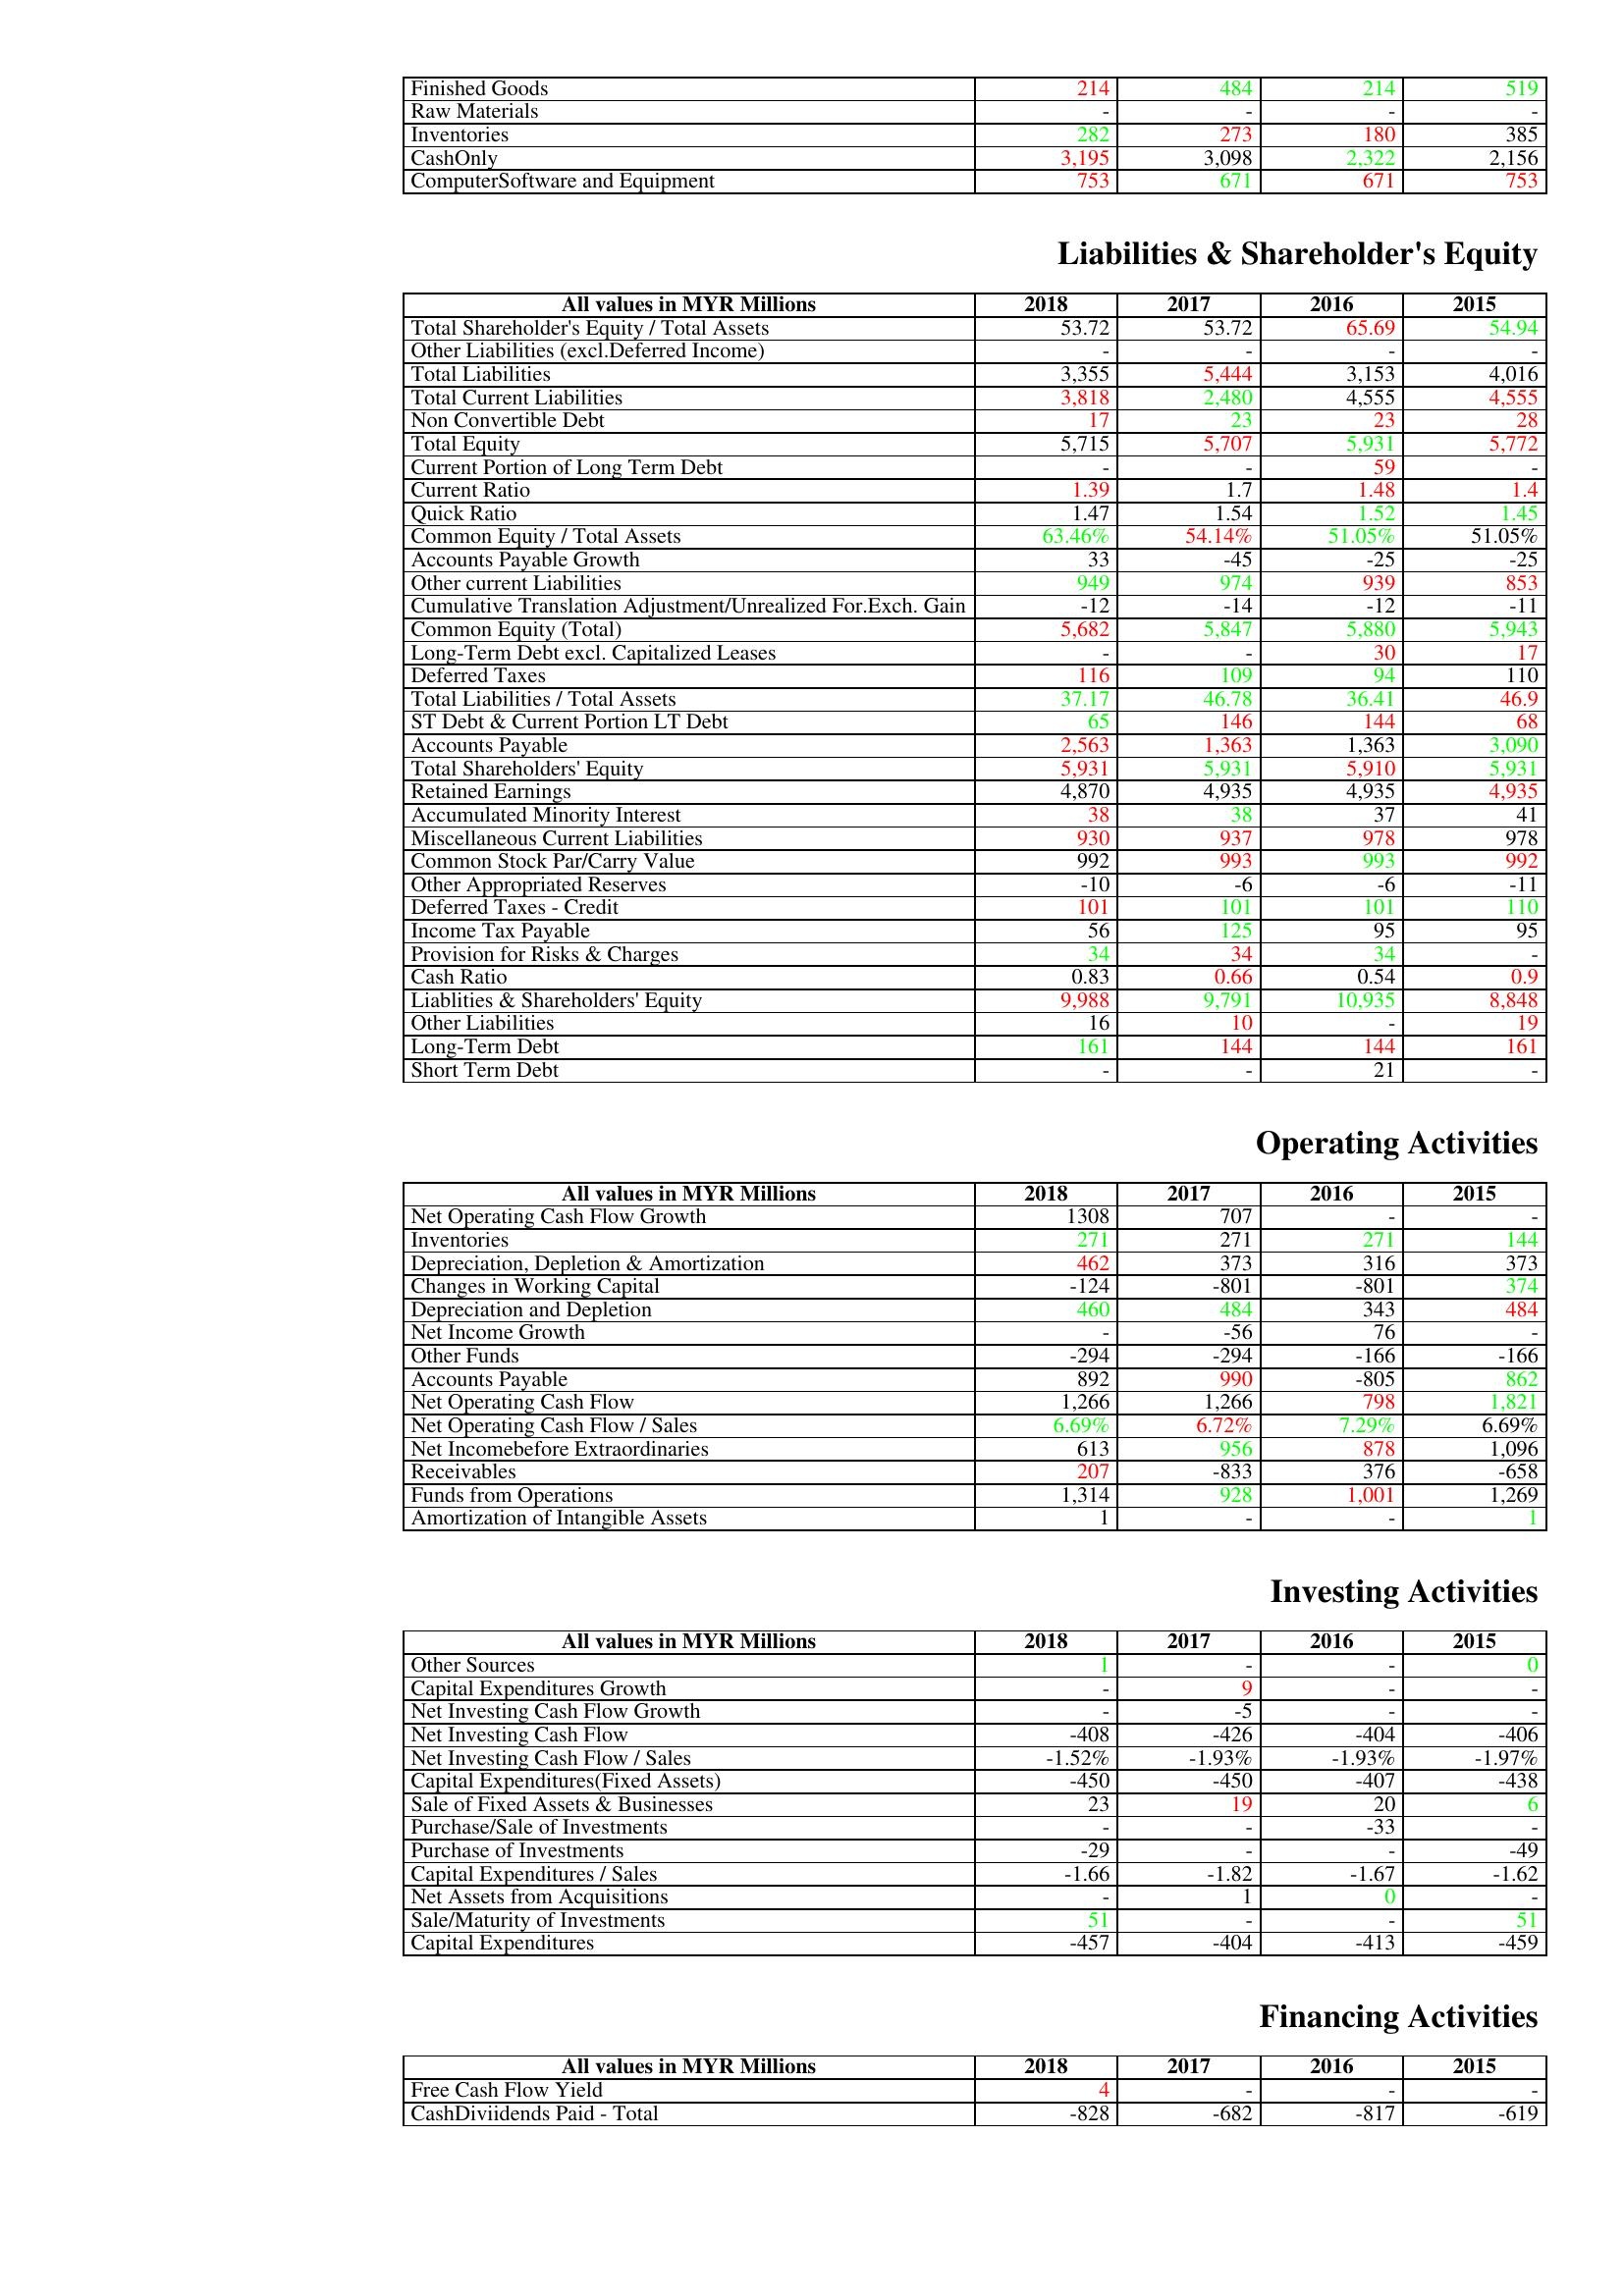
gt_parse: 2018: Assets: Finished Goods: 214
Raw Materials: -
Inventories: 282
CashOnly: 3,195
ComputerSoftware and Equipment: 753
Liabilities & Shareholder's Equity: Total Shareholder's Equity / Total Assets: 53.72
Other Liabilities (excl.Deferred Income): -
Total Liabilities: 3,355
Total Current Liabilities: 3,818
Non Convertible Debt: 17
Total Equity: 5,715
Current Portion of Long Term Debt: -
Current Ratio: 1.39
Quick Ratio: 1.47
Common Equity / Total Assets: 63.46%
Accounts Payable Growth: 33
Other current Liabilities: 949
Cumulative Translation Adjustment/Unrealized For.Exch. Gain: -12
Common Equity (Total): 5,682
Long-Term Debt excl. Capitalized Leases: -
Deferred Taxes: 116
Total Liabilities / Total Assets: 37.17
ST Debt & Current Portion LT Debt: 65
Accounts Payable: 2,563
Total Shareholders' Equity: 5,931
Retained Earnings: 4,870
Accumulated Minority Interest: 38
Miscellaneous Current Liabilities: 930
Common Stock Par/Carry Value: 992
Other Appropriated Reserves: -10
Deferred Taxes - Credit: 101
Income Tax Payable: 56
Provision for Risks & Charges: 34
Cash Ratio: 0.83
Liablities & Shareholders' Equity: 9,988
Other Liabilities: 16
Long-Term Debt: 161
Short Term Debt: -
Operating Activities: Net Operating Cash Flow Growth: 1308
Inventories: 271
Depreciation, Depletion & Amortization: 462
Changes in Working Capital: -124
Depreciation and Depletion: 460
Net Income Growth: -
Other Funds: -294
Accounts Payable: 892
Net Operating Cash Flow: 1,266
Net Operating Cash Flow / Sales: 6.69%
Net Incomebefore Extraordinaries: 613
Receivables: 207
Funds from Operations: 1,314
Amortization of Intangible Assets: 1
Investing Activities: Other Sources: 1
Capital Expenditures Growth: -
Net Investing Cash Flow Growth: -
Net Investing Cash Flow: -408
Net Investing Cash Flow / Sales: -1.52%
Capital Expenditures(Fixed Assets): -450
Sale of Fixed Assets & Businesses: 23
Purchase/Sale of Investments: -
Purchase of Investments: -29
Capital Expenditures / Sales: -1.66
Net Assets from Acquisitions: -
Sale/Maturity of Investments: 51
Capital Expenditures: -457
Financing Activities: Free Cash Flow Yield: 4
CashDiviidends Paid - Total: -828
2017: Assets: Finished Goods: 484
Raw Materials: -
Inventories: 273
CashOnly: 3,098
ComputerSoftware and Equipment: 671
Liabilities & Shareholder's Equity: Total Shareholder's Equity / Total Assets: 53.72
Other Liabilities (excl.Deferred Income): -
Total Liabilities: 5,444
Total Current Liabilities: 2,480
Non Convertible Debt: 23
Total Equity: 5,707
Current Portion of Long Term Debt: -
Current Ratio: 1.7
Quick Ratio: 1.54
Common Equity / Total Assets: 54.14%
Accounts Payable Growth: -45
Other current Liabilities: 974
Cumulative Translation Adjustment/Unrealized For.Exch. Gain: -14
Common Equity (Total): 5,847
Long-Term Debt excl. Capitalized Leases: -
Deferred Taxes: 109
Total Liabilities / Total Assets: 46.78
ST Debt & Current Portion LT Debt: 146
Accounts Payable: 1,363
Total Shareholders' Equity: 5,931
Retained Earnings: 4,935
Accumulated Minority Interest: 38
Miscellaneous Current Liabilities: 937
Common Stock Par/Carry Value: 993
Other Appropriated Reserves: -6
Deferred Taxes - Credit: 101
Income Tax Payable: 125
Provision for Risks & Charges: 34
Cash Ratio: 0.66
Liablities & Shareholders' Equity: 9,791
Other Liabilities: 10
Long-Term Debt: 144
Short Term Debt: -
Operating Activities: Net Operating Cash Flow Growth: 707
Inventories: 271
Depreciation, Depletion & Amortization: 373
Changes in Working Capital: -801
Depreciation and Depletion: 484
Net Income Growth: -56
Other Funds: -294
Accounts Payable: 990
Net Operating Cash Flow: 1,266
Net Operating Cash Flow / Sales: 6.72%
Net Incomebefore Extraordinaries: 956
Receivables: -833
Funds from Operations: 928
Amortization of Intangible Assets: -
Investing Activities: Other Sources: -
Capital Expenditures Growth: 9
Net Investing Cash Flow Growth: -5
Net Investing Cash Flow: -426
Net Investing Cash Flow / Sales: -1.93%
Capital Expenditures(Fixed Assets): -450
Sale of Fixed Assets & Businesses: 19
Purchase/Sale of Investments: -
Purchase of Investments: -
Capital Expenditures / Sales: -1.82
Net Assets from Acquisitions: 1
Sale/Maturity of Investments: -
Capital Expenditures: -404
Financing Activities: Free Cash Flow Yield: -
CashDiviidends Paid - Total: -682
2016: Assets: Finished Goods: 214
Raw Materials: -
Inventories: 180
CashOnly: 2,322
ComputerSoftware and Equipment: 671
Liabilities & Shareholder's Equity: Total Shareholder's Equity / Total Assets: 65.69
Other Liabilities (excl.Deferred Income): -
Total Liabilities: 3,153
Total Current Liabilities: 4,555
Non Convertible Debt: 23
Total Equity: 5,931
Current Portion of Long Term Debt: 59
Current Ratio: 1.48
Quick Ratio: 1.52
Common Equity / Total Assets: 51.05%
Accounts Payable Growth: -25
Other current Liabilities: 939
Cumulative Translation Adjustment/Unrealized For.Exch. Gain: -12
Common Equity (Total): 5,880
Long-Term Debt excl. Capitalized Leases: 30
Deferred Taxes: 94
Total Liabilities / Total Assets: 36.41
ST Debt & Current Portion LT Debt: 144
Accounts Payable: 1,363
Total Shareholders' Equity: 5,910
Retained Earnings: 4,935
Accumulated Minority Interest: 37
Miscellaneous Current Liabilities: 978
Common Stock Par/Carry Value: 993
Other Appropriated Reserves: -6
Deferred Taxes - Credit: 101
Income Tax Payable: 95
Provision for Risks & Charges: 34
Cash Ratio: 0.54
Liablities & Shareholders' Equity: 10,935
Other Liabilities: -
Long-Term Debt: 144
Short Term Debt: 21
Operating Activities: Net Operating Cash Flow Growth: -
Inventories: 271
Depreciation, Depletion & Amortization: 316
Changes in Working Capital: -801
Depreciation and Depletion: 343
Net Income Growth: 76
Other Funds: -166
Accounts Payable: -805
Net Operating Cash Flow: 798
Net Operating Cash Flow / Sales: 7.29%
Net Incomebefore Extraordinaries: 878
Receivables: 376
Funds from Operations: 1,001
Amortization of Intangible Assets: -
Investing Activities: Other Sources: -
Capital Expenditures Growth: -
Net Investing Cash Flow Growth: -
Net Investing Cash Flow: -404
Net Investing Cash Flow / Sales: -1.93%
Capital Expenditures(Fixed Assets): -407
Sale of Fixed Assets & Businesses: 20
Purchase/Sale of Investments: -33
Purchase of Investments: -
Capital Expenditures / Sales: -1.67
Net Assets from Acquisitions: 0
Sale/Maturity of Investments: -
Capital Expenditures: -413
Financing Activities: Free Cash Flow Yield: -
CashDiviidends Paid - Total: -817
2015: Assets: Finished Goods: 519
Raw Materials: -
Inventories: 385
CashOnly: 2,156
ComputerSoftware and Equipment: 753
Liabilities & Shareholder's Equity: Total Shareholder's Equity / Total Assets: 54.94
Other Liabilities (excl.Deferred Income): -
Total Liabilities: 4,016
Total Current Liabilities: 4,555
Non Convertible Debt: 28
Total Equity: 5,772
Current Portion of Long Term Debt: -
Current Ratio: 1.4
Quick Ratio: 1.45
Common Equity / Total Assets: 51.05%
Accounts Payable Growth: -25
Other current Liabilities: 853
Cumulative Translation Adjustment/Unrealized For.Exch. Gain: -11
Common Equity (Total): 5,943
Long-Term Debt excl. Capitalized Leases: 17
Deferred Taxes: 110
Total Liabilities / Total Assets: 46.9
ST Debt & Current Portion LT Debt: 68
Accounts Payable: 3,090
Total Shareholders' Equity: 5,931
Retained Earnings: 4,935
Accumulated Minority Interest: 41
Miscellaneous Current Liabilities: 978
Common Stock Par/Carry Value: 992
Other Appropriated Reserves: -11
Deferred Taxes - Credit: 110
Income Tax Payable: 95
Provision for Risks & Charges: -
Cash Ratio: 0.9
Liablities & Shareholders' Equity: 8,848
Other Liabilities: 19
Long-Term Debt: 161
Short Term Debt: -
Operating Activities: Net Operating Cash Flow Growth: -
Inventories: 144
Depreciation, Depletion & Amortization: 373
Changes in Working Capital: 374
Depreciation and Depletion: 484
Net Income Growth: -
Other Funds: -166
Accounts Payable: 862
Net Operating Cash Flow: 1,821
Net Operating Cash Flow / Sales: 6.69%
Net Incomebefore Extraordinaries: 1,096
Receivables: -658
Funds from Operations: 1,269
Amortization of Intangible Assets: 1
Investing Activities: Other Sources: 0
Capital Expenditures Growth: -
Net Investing Cash Flow Growth: -
Net Investing Cash Flow: -406
Net Investing Cash Flow / Sales: -1.97%
Capital Expenditures(Fixed Assets): -438
Sale of Fixed Assets & Businesses: 6
Purchase/Sale of Investments: -
Purchase of Investments: -49
Capital Expenditures / Sales: -1.62
Net Assets from Acquisitions: -
Sale/Maturity of Investments: 51
Capital Expenditures: -459
Financing Activities: Free Cash Flow Yield: -
CashDiviidends Paid - Total: -619